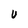
Character: U